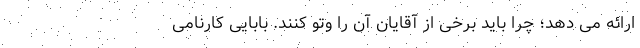
ارائه می دهد؛ چرا باید برخی از آقایان آن را وتو کنند. بابایی کارنامی